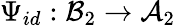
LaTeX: \Psi_{id}:{\mathcal{B}}_{2}\rightarrow{\mathcal{A}}_{2}